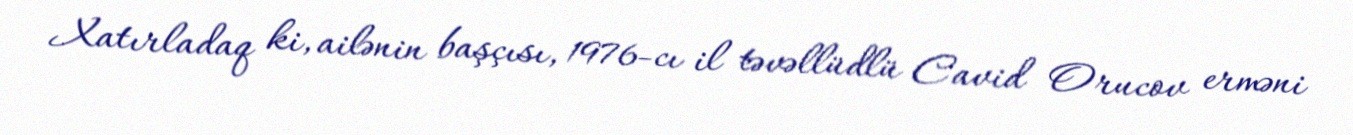
Xatırladaq ki, ailənin başçısı, 1976-cı il təvəllüdlü Cavid Orucov erməni